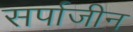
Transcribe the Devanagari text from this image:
सर्पाजीन